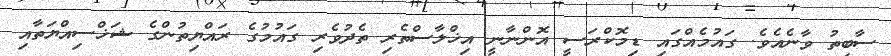
ސާބިތު ވާނެއެވެ. ގައުމެއްގައި ޑިމޮކްރަސީ އޮންނާނީ އިޚްލާސްތެރި ތެދުވެރި ގައުމުގެ ރައްޔިތުންގެ ޝަޚްސިއްޔަތާއި